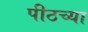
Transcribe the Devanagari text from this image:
पीठच्या